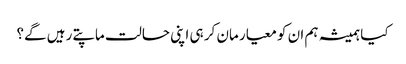
کیا ہمیشہ ہم ان کو معیار مان کر ہی اپنی حالت ماپتے رہیں گے؟